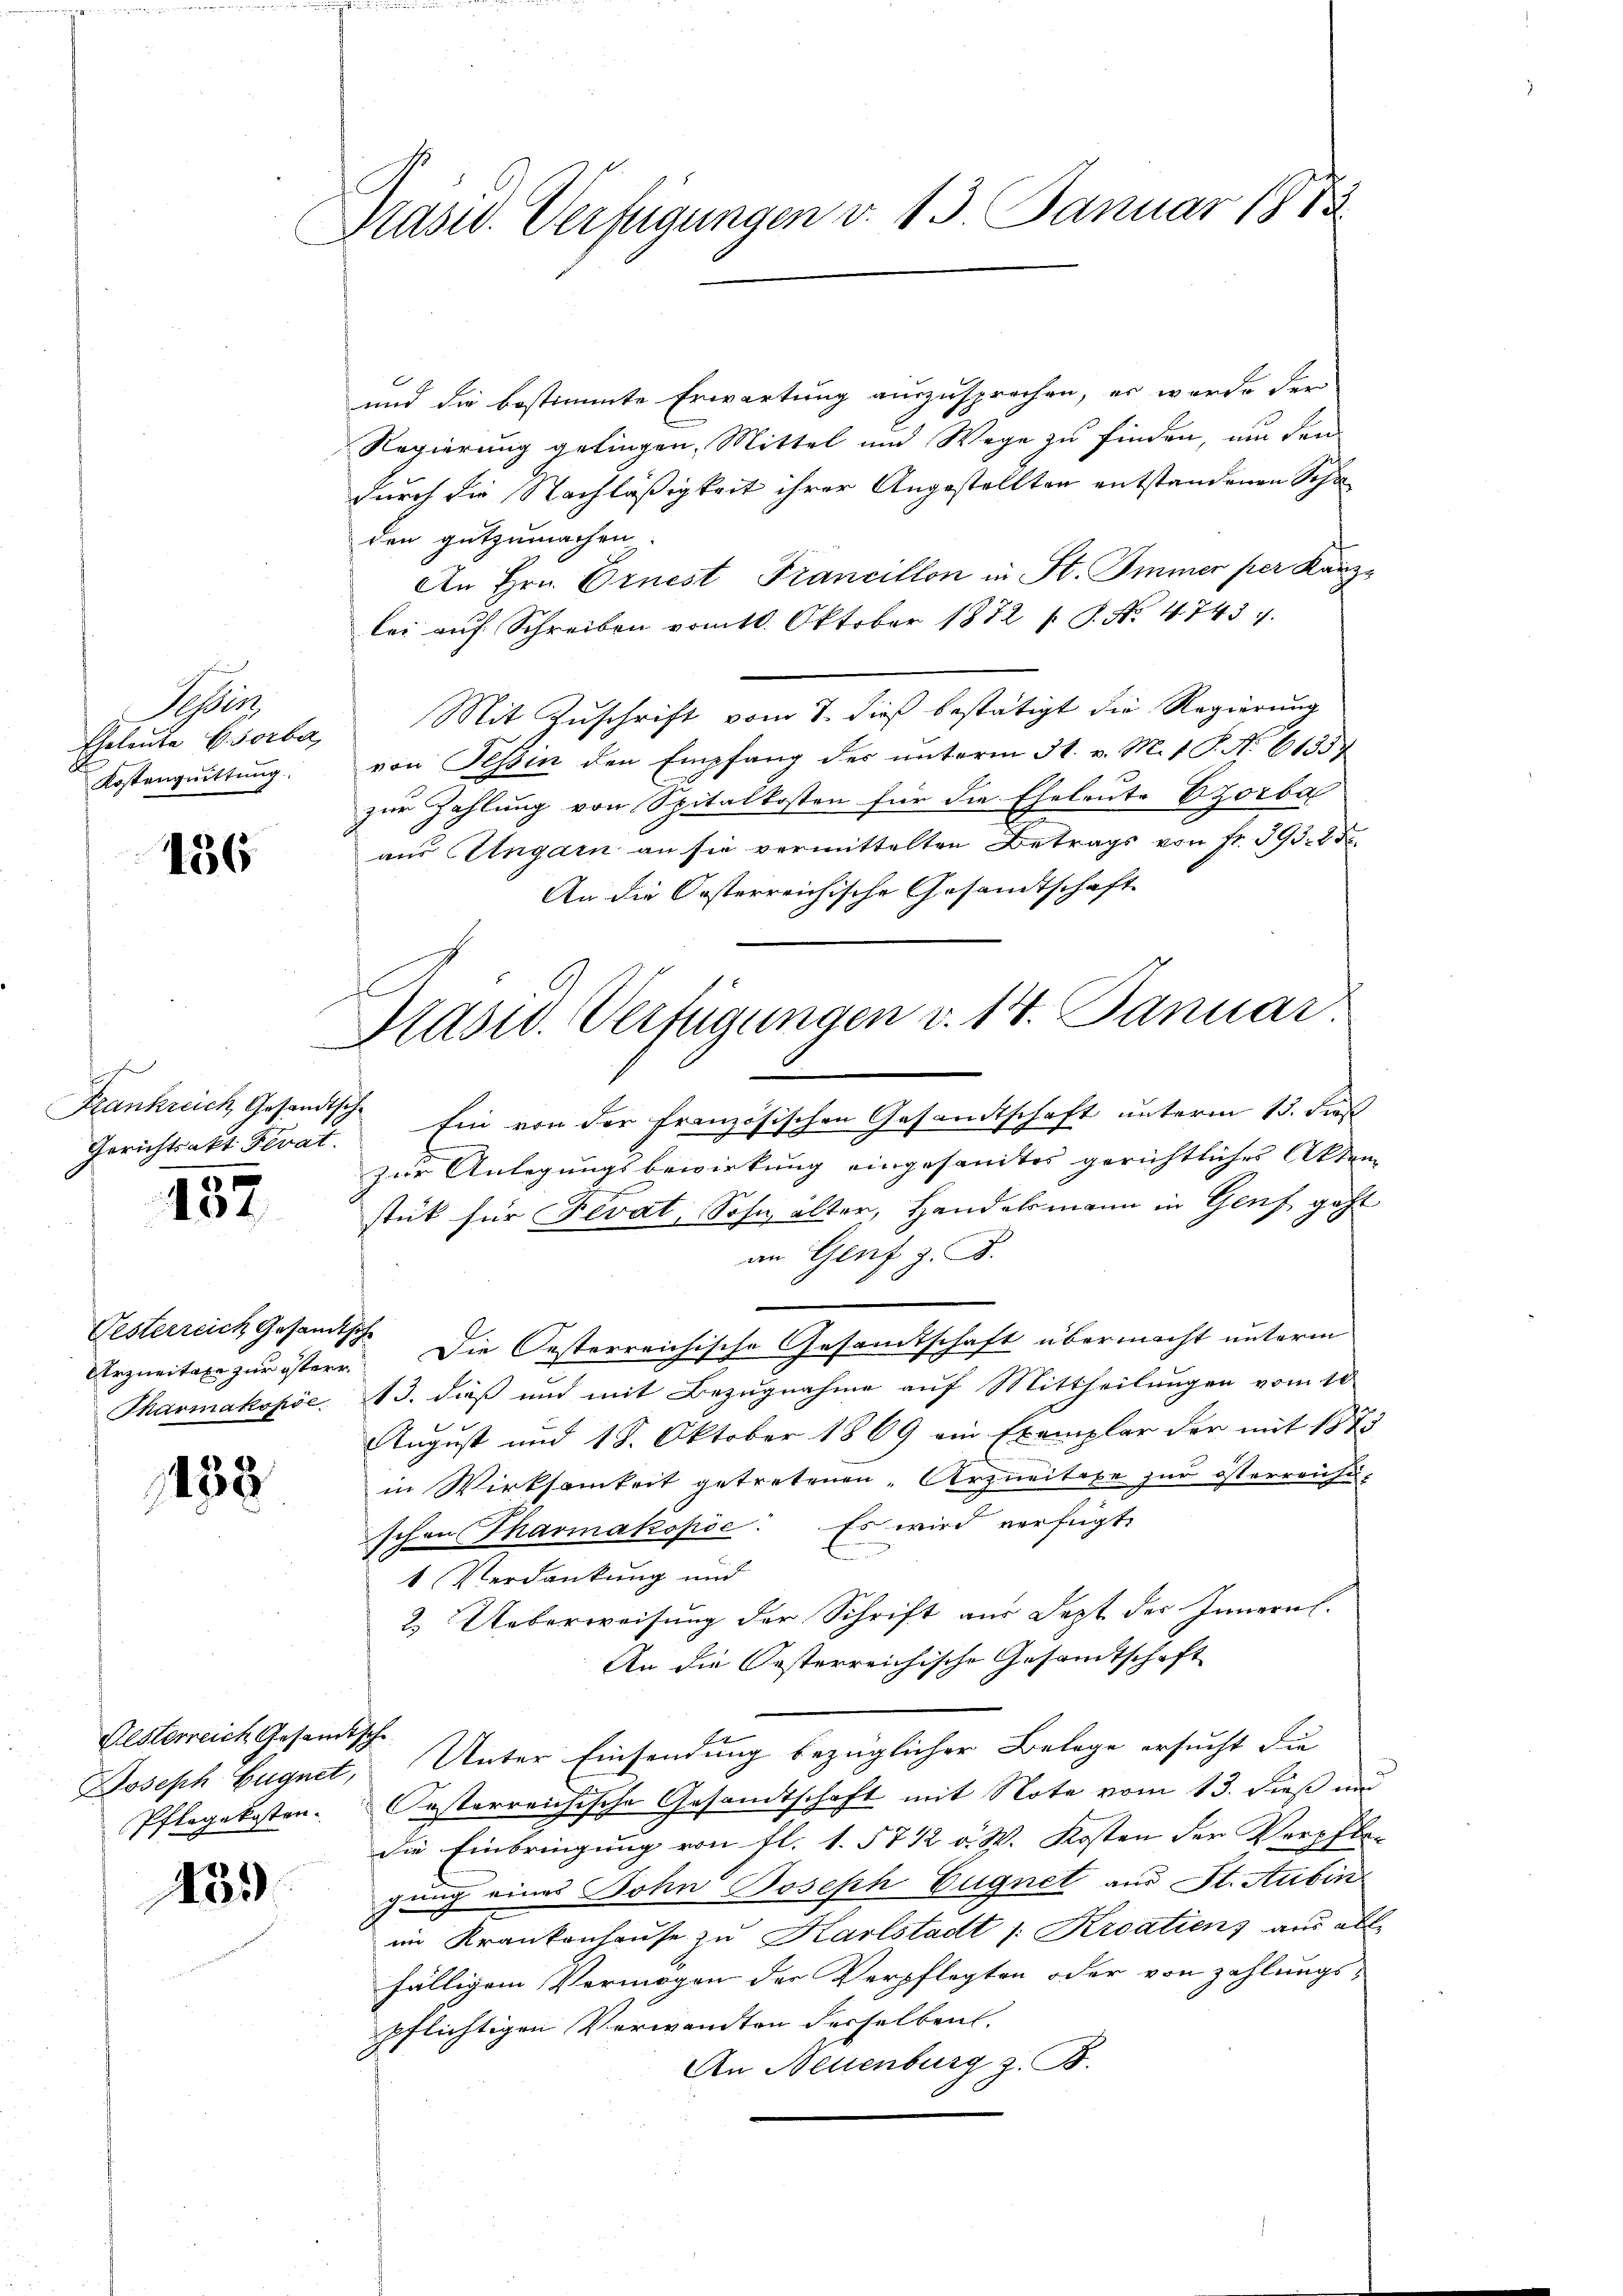
Spen
Eheleute Horber,
Kostenguittung.

436

ihe
Gerichtsakt Ferat.

137

Oesterreich Gesandtsche
Arzneitaxe zur österr

138

und die bestimmte Erwartung auszusprechen, er wurde der
Regierung getingen, Mittel und Wege zu finden, um den
durch die Nachläßigkeit ihrer Angestellten entstandenen Scha
den gutzumachen.
An Hrn. Ernest Francillon in St. Immer per Kanzlei auf Schreiben vom 10. Oktober 1872 s. S. Nr. 47434.
Mit Zuschrift vom 8. dieß bestätigt die Regierung
von Tessin den Empfang des unterm 31. v. M. 1 S. No 61354
zur Zahlung von Spitalkosten für die Eheleute Vorba
aus Ungarn an sie vermittelten Betrags von fr. 393. 25.
An die Oesterreichische Gesandtschaft
Frankreich Gesandtsch Ein von der französischen Gesandtschaft unterm 13. dieß
zur Anlegungsbewirkung eingesandtes gerichtliches Akten
stück für Fevat, Sohn alter, Handelsmann in Genf geht
an Genf z. B.
Die Oesterreichische Gesandtschaft übermacht unterm
Tharmakopöe. 13. dieß und mit Bezugnahme auf Mittheilungen vom 10.
August und 18. Oktober 1869 ein Exemplar der mit 1873
in Wirksamkeit getretenen „Arzneitaxe zur österreichi-
schon Tharmakopöe: Es wird verfügt
1 Verdankung und
2. Ueberweisung der Schrift aus Jezt des Innern.
An die Oesterreichische Gesamtschaft
Joseph Eugnet, Unter Einsendung bezüglicher Belege ersucht die
Pflegekosten. Oesterreichische Gesandtschaft mit Note vom 13. dieß im
die Einbringung von fl. 1. 5712 v. W. Kosten der Verpfle-
gung eines Bohn Joseph Eugnet aus St. Aubin
im Krankenhause zu Karlstadt /: Kroatiens aus alle
fälligem Vermögen der Verpflegten oder von zahlungs-
pflichtigen Vorwandten derselben.
An Neuenburg z. B.

Oesterreich Gesandtsche

133

Masid. Verfügungen v. 13. Januar 1873

Präsid. Verfügungen v. 14. Januar